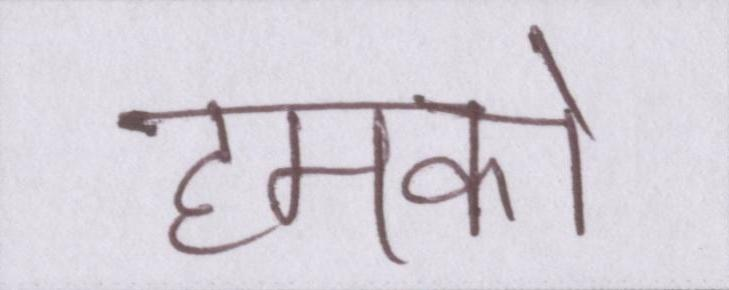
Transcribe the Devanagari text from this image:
हमको